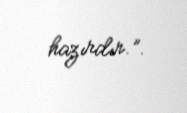
hazırdır.”.